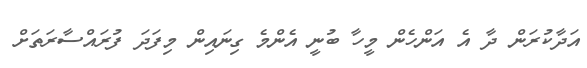
އަދާކުރަން ދާ އެ އަންހެން މީހާ ބުނީ އެންމެ ގިނައިން މިފަދަ ފުރައްސާރަތަށް